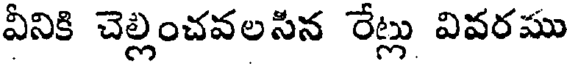
వీనికి చెల్లించవలసిన రేట్లు వివరము